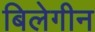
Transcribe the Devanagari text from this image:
बिलेगीन